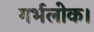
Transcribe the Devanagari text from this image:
गर्भलोक।